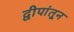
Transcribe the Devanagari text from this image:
द्वीपांतून